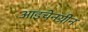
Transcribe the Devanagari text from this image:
आइचेनग्रीन